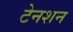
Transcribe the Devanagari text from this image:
टेनशन